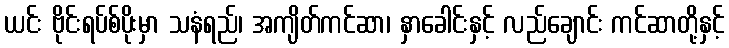
ယင်း ဗိုင်းရပ်စ်ပိုးမှာ သနံရည်၊ အကျိတ်ကင်ဆာ၊ နှာခေါင်းနှင့် လည်ချောင်း ကင်ဆာတို့နှင့်